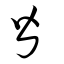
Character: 皆